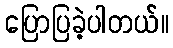
ပြောပြခဲ့ပါတယ်။